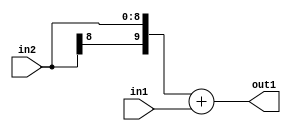
`timescale 1ps / 1ps
/*****************************************************************************
    Verilog RTL Description
    
    Generated at: 12:05:31 EST (-0500), Friday 20 November 2020
    Generated on: zhang-x1.ece.cornell.edu
    Generated by: jl3952 (Jie Liu)
    
    Created by: Stratus DpOpt 2017.1.02 
    Copyright (c) 2014-2015 Cadence Design Systems. All rights reserved worldwide.
    
    Cadence Design Systems proprietary and confidential
    ===================================================
    
    May contain information that incorporates Cadence Design Systems CellMath
    and other inventions claimed in Pending U.S. Patents.
    
    May contain Cadence Design Systems Trade Secrets of which use, disclosure or
    reproduction is contractually restricted or prohibited.  For more
    information, contact your legal department before any use, disclosure or
    reproduction.
*******************************************************************************/

module dut_Add_9Sx8U_10S_4 (
	in2,
	in1,
	out1
	); /* architecture "behavioural" */ 
input [8:0] in2;
input [7:0] in1;
output [9:0] out1;
wire [9:0] asc001;

assign asc001 = 
	+({in2[8], in2})
	+(in1);

assign out1 = asc001;
endmodule

/* CADENCE  ubDySAA= : u9/ySgnYtBlWxVDRUQkU4ug= ** DO NOT EDIT THIS LINE ******/